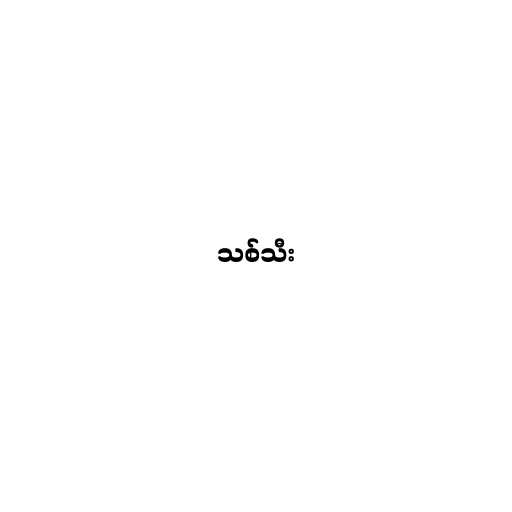
သစ်သီး